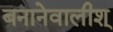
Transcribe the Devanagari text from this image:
बनानेवालीश्